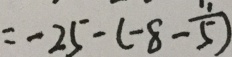
= - 2 5 - ( - 8 - \frac { 1 1 } { 5 } )